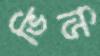
ভিডি